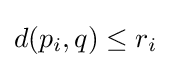
d(p_{i},q)\leq r_{i}